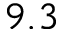
9 . 3